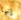
إنها